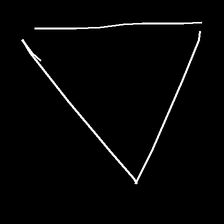
Glyph: convergence